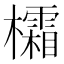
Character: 𪴜